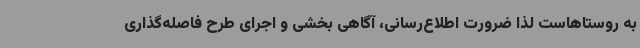
به روستاهاست لذا ضرورت اطلاع‌رسانی، آگاهی بخشی و اجرای طرح فاصله‌گذاری